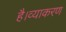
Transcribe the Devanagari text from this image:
है।व्याकरण